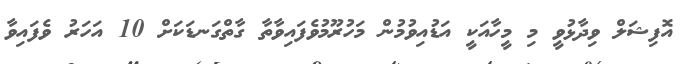
އޮފިޝަލް ވިދާޅުވީ މި މީހާއަކީ އަޑުއިވުމުން މަހުރޫމުވެފައިވާތާ ގާތްގަނޑަކަށް 10 އަހަރު ވެފައިވާ